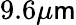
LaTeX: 9.6\mu\mathsf{m}